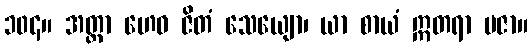
၁၀၄။ အတ္တာ ဟေဝ ဇိတံ သေယျော၊ ယာ စာယံ ဣတရာ ပဇာ။